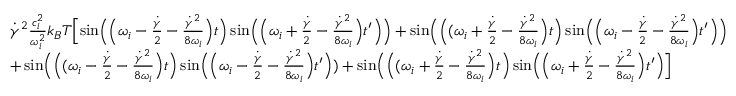
\begin{array} { r l } & { \dot { \gamma } ^ { 2 } \frac { c _ { i } ^ { 2 } } { \omega _ { i } ^ { 2 } } k _ { B } T \Bigl [ \sin \Bigl ( \Bigl ( \omega _ { i } - \frac { \dot { \gamma } } { 2 } - \frac { \dot { \gamma } ^ { 2 } } { 8 \omega _ { i } } \Bigr ) t \Bigr ) \sin \Bigl ( \Bigl ( \omega _ { i } + \frac { \dot { \gamma } } { 2 } - \frac { \dot { \gamma } ^ { 2 } } { 8 \omega _ { i } } \Bigr ) t ^ { \prime } \Bigr ) \Bigr ) + \sin \Bigl ( \Bigl ( ( \omega _ { i } + \frac { \dot { \gamma } } { 2 } - \frac { \dot { \gamma } ^ { 2 } } { 8 \omega _ { i } } \Bigr ) t \Bigr ) \sin \Bigl ( \Bigl ( \omega _ { i } - \frac { \dot { \gamma } } { 2 } - \frac { \dot { \gamma } ^ { 2 } } { 8 \omega _ { i } } \Bigr ) t ^ { \prime } \Bigr ) \Bigr ) } \\ & { + \sin \Bigl ( \Bigl ( ( \omega _ { i } - \frac { \dot { \gamma } } { 2 } - \frac { \dot { \gamma } ^ { 2 } } { 8 \omega _ { i } } \Bigr ) t \Bigr ) \sin \Bigl ( \Bigl ( \omega _ { i } - \frac { \dot { \gamma } } { 2 } - \frac { \dot { \gamma } ^ { 2 } } { 8 \omega _ { i } } \Bigr ) t ^ { \prime } \Bigr ) ) + \sin \Bigl ( \Bigl ( ( \omega _ { i } + \frac { \dot { \gamma } } { 2 } - \frac { \dot { \gamma } ^ { 2 } } { 8 \omega _ { i } } \Bigr ) t \Bigr ) \sin \Bigl ( \Bigl ( \omega _ { i } + \frac { \dot { \gamma } } { 2 } - \frac { \dot { \gamma } ^ { 2 } } { 8 \omega _ { i } } \Bigr ) t ^ { \prime } \Bigr ) \Bigr ] } \end{array}